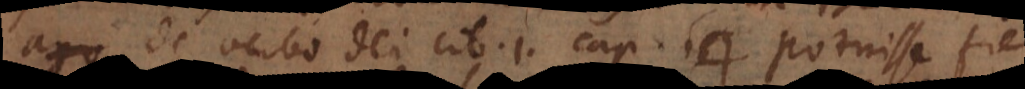
de verbo Dei lib. 1. cap. 14 potuisse fieri